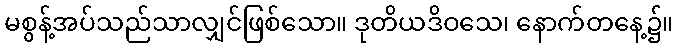
မစွန့်အပ်သည်သာလျှင်ဖြစ်သော။ ဒုတိယဒိဝသေ၊ နောက်တနေ့၌။